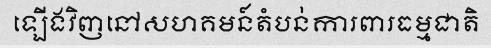
ឡើងវិញនៅសហគមន៍តំបន់ការពារធម្មជាតិ